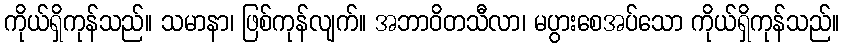
ကိုယ်ရှိကုန်သည်။ သမာနာ၊ ဖြစ်ကုန်လျက်။ အဘာဝိတသီလာ၊ မပွားစေအပ်သော ကိုယ်ရှိကုန်သည်။